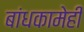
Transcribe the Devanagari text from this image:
बांधकामेही